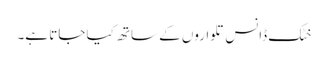
خٹک ڈانس تلواروں کے ساتھ کیا جاتا ہے۔